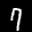
Label: 7